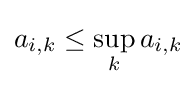
a_{i,k}\leq \sup _{k}a_{i,k}